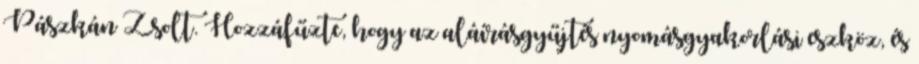
Pászkán Zsolt. Hozzáfűzte, hogy az aláírásgyűjtés nyomásgyakorlási eszköz, és